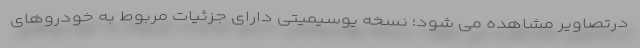
درتصاویر مشاهده می شود؛ نسخه یوسیمیتی دارای جزئیات مربوط به خودروهای